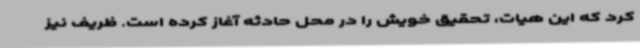
کرد که این هیات، تحقیق خویش را در محل حادثه آغاز کرده است. ظریف نیز